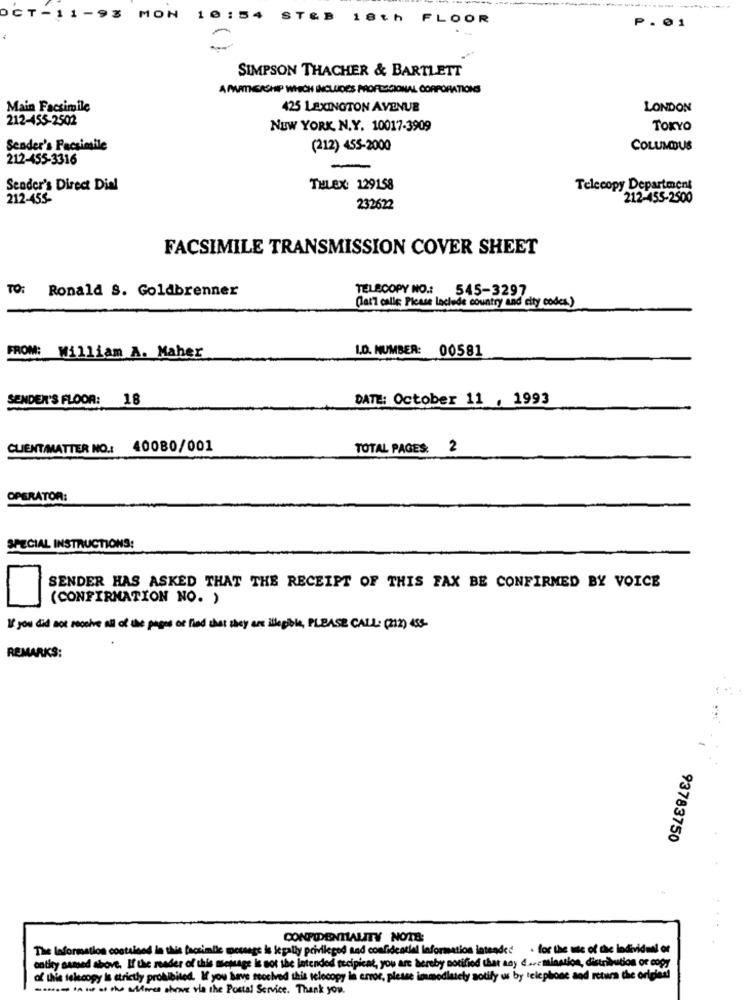
C
-11-
MON
ST
18th FLOOR
P. 01
SIMPSON THACHER & BARTLETT
AMPMTIGACHIP WHICH INCLUDES PROFISSIONAL CORPORATIONS
Main Facsimile
425 LEXINGTON AVENUE
LONDON
212-455-2502
NEW YORK, N.Y. 10017-3909
TOKYO
Sender's Facsimile
(212) 455-2000
COLUMBUS
212-455-3316
Sender's Direct Dial
THLEX: 129158
Telecopy Department
212-455-
212-455-2500
232622
FACSIMILE TRANSMISSION COVER SHEET
TO:
Ronald S. Goldbrenner
TELSCOPY NO .:
545-3297
Clar7 calle Please laclede country and city codes.)
FROM: William A. Maher
L.D. NUMBER: 00581
SENDER'S FLOOR: 18
DATE: October 11 , 1993
CLIENT/MATTER NO .: 40080/001
TOTAL PAGES. 2
OPERATOR:
SPECIAL INSTRUCTIONS:
SENDER HAS ASKED THAT THE RECEIPT OF THIS FAX BE CONFIRMED BY VOICE
(CONFIRMATION NO. )
If you did not receive all of the pages of fied that they are illegible, PLEASE CALL: (212) 455-
REMARKS:
..
-
93783750
CONFIDENTIALITY NOTE:
The Information contained in this facsimile message is legally privileged and confidential Information intended . for the use of the Individual or
entity named above. If the reader of this message is not the intended recipient, you are hereby notified that any ... mination, distribution or copy
of this telecopy Is strictly prohibited. If you have seochved this telocopy in error, please immediately sotify us by telephone and return the original
--- - -- . Mu ah via the Postal Service. Thank you.